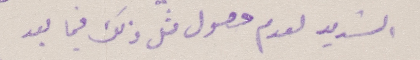
الشديد لعدم حصول مثل ذلك فيما بعد